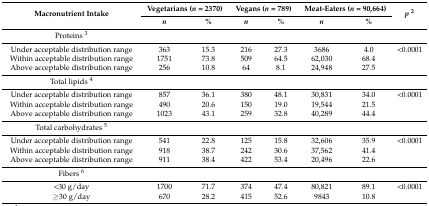
<table><thead><tr><td rowspan="2"><b>Macronutrient Intake</b></td><td colspan="2"><b>Vegetarians (<i>n</i> = 2370)</b></td><td colspan="2"><b>Vegans (<i>n</i> = 789)</b></td><td colspan="2"><b>Meat-Eaters (<i>n</i> = 90,664)</b></td><td rowspan="2"><b><i>p</i><sup>2</sup></b></td></tr><tr><td><b><i>n</i></b></td><td><b>%</b></td><td><b><i>n</i></b></td><td><b>%</b></td><td><b><i>n</i></b></td><td><b>%</b></td></tr></thead><tbody><tr><td>Proteins <sup>3</sup></td><td></td><td></td><td></td><td></td><td></td><td></td><td></td></tr><tr><td>Under acceptable distribution range</td><td>363</td><td>15.3</td><td>216</td><td>27.3</td><td>3686</td><td>4.0</td><td>&lt;0.0001</td></tr><tr><td>Within acceptable distribution range</td><td>1751</td><td>73.8</td><td>509</td><td>64.5</td><td>62,030</td><td>68.4</td><td></td></tr><tr><td>Above acceptable distribution range</td><td>256</td><td>10.8</td><td>64</td><td>8.1</td><td>24,948</td><td>27.5</td><td></td></tr><tr><td>Total lipids <sup>4</sup></td><td></td><td></td><td></td><td></td><td></td><td></td><td></td></tr><tr><td>Under acceptable distribution range</td><td>857</td><td>36.1</td><td>380</td><td>48.1</td><td>30,831</td><td>34.0</td><td>&lt;0.0001</td></tr><tr><td>Within acceptable distribution range</td><td>490</td><td>20.6</td><td>150</td><td>19.0</td><td>19,544</td><td>21.5</td><td></td></tr><tr><td>Above acceptable distribution range</td><td>1023</td><td>43.1</td><td>259</td><td>32.8</td><td>40,289</td><td>44.4</td><td></td></tr><tr><td>Total carbohydrates <sup>5</sup></td><td></td><td></td><td></td><td></td><td></td><td></td><td></td></tr><tr><td>Under acceptable distribution range</td><td>541</td><td>22.8</td><td>125</td><td>15.8</td><td>32,606</td><td>35.9</td><td>&lt;0.0001</td></tr><tr><td>Within acceptable distribution range</td><td>918</td><td>38.7</td><td>242</td><td>30.6</td><td>37,562</td><td>41.4</td><td></td></tr><tr><td>Above acceptable distribution range</td><td>911</td><td>38.4</td><td>422</td><td>53.4</td><td>20,496</td><td>22.6</td><td></td></tr><tr><td>Fibers <sup>6</sup></td><td></td><td></td><td></td><td></td><td></td><td></td><td></td></tr><tr><td>&lt;30 g/day</td><td>1700</td><td>71.7</td><td>374</td><td>47.4</td><td>80,821</td><td>89.1</td><td>&lt;0.0001</td></tr><tr><td>≥30 g/day</td><td>670</td><td>28.2</td><td>415</td><td>52.6</td><td>9843</td><td>10.8</td><td></td></tr></tbody></table>